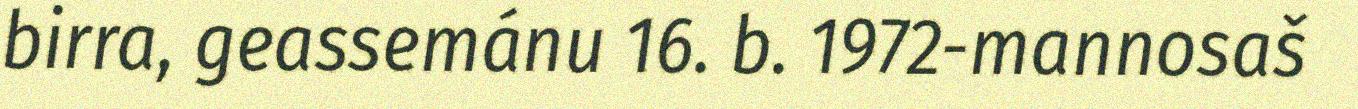
birra, geassemánu 16. b. 1972-mannosaš